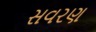
સવરણ